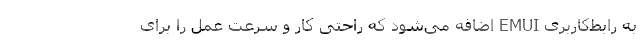
به رابط‌کاربری EMUI اضافه می‌شود که راحتی کار و سرعت عمل را برای